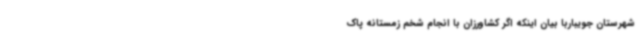
شهرستان جویباربا بیان اینکه اگر کشاورزان با انجام شخم زمستانه پاک